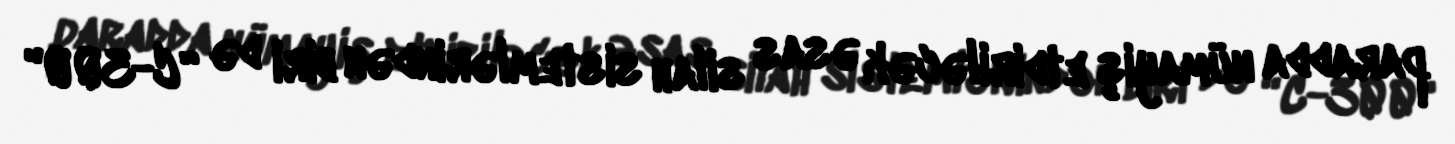
paradda nümayiş etdiriləcək əsas silah sistemlərindən biri də “C-300"